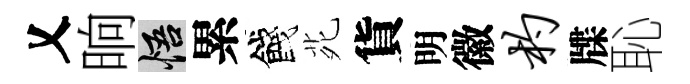
乂晌悟累餞𫟍貨明徽杓牒恥